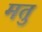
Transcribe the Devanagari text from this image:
मतु